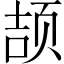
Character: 颉